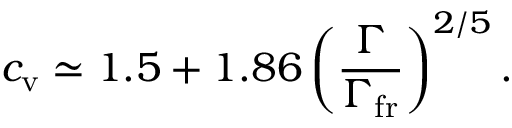
c _ { \mathrm { v } } \simeq 1 . 5 + 1 . 8 6 \left( \frac { \Gamma } { \Gamma _ { \mathrm { f r } } } \right) ^ { 2 / 5 } .